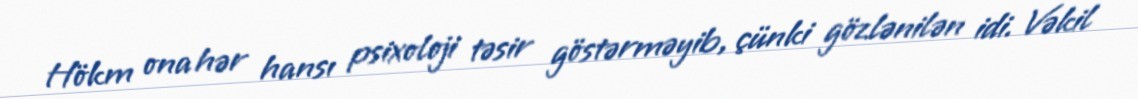
Hökm ona hər hansı psixoloji təsir göstərməyib, çünki gözlənilən idi. Vəkil